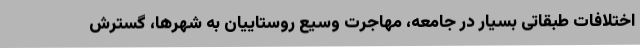
اختلافات طبقاتی بسیار در جامعه، مهاجرت وسیع روستاییان به شهرها، گسترش